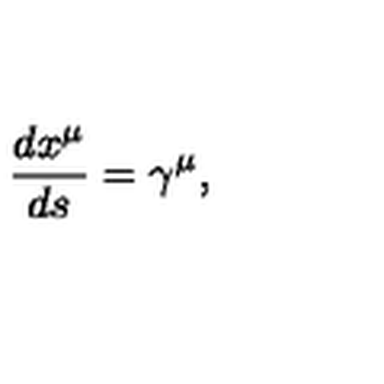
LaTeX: \frac { d x ^ { \mu } } { d s } = \gamma ^ { \mu } ,